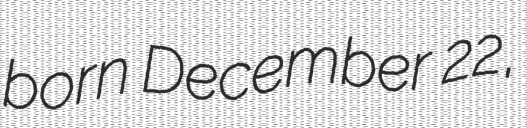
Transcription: born December 22,